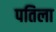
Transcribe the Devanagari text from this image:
पतिला